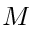
M